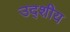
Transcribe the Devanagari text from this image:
उद्शीय